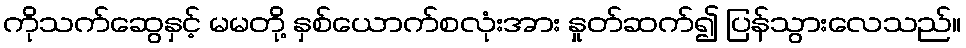
ကိုသက်ဆွေနှင့် မမတို့ နှစ်ယောက်စလုံးအား နှုတ်ဆက်၍ ပြန်သွားလေသည်။